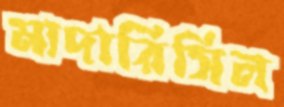
মাদারিসিল